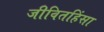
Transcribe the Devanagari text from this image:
जीवितहिंसा